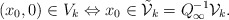
\begin{align*}(x_0,0) \in V_k \Leftrightarrow x_0 \in \tilde{\mathcal{V}}_k=Q_{\infty}^{-1}\mathcal{V}_k.\end{align*}